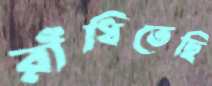
রাঁধিতেছি